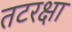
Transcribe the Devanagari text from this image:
तटरक्षा